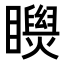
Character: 𥌝